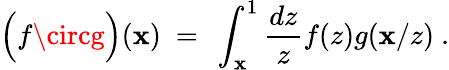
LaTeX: \Bigl(f\circg\Bigr)(\mathbf{x})\ =\ \int_{\mathbf{x}}^{1}{\frac{{dz}}{{z}}}f(z)g(\mathbf{x}/z)\ .